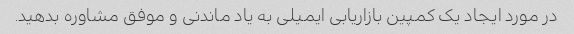
در مورد ایجاد یک کمپین بازاریابی ایمیلی به یاد ماندنی و موفق مشاوره بدهید.